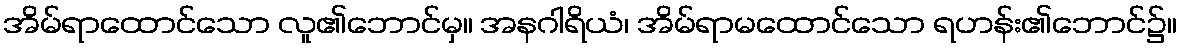
အိမ်ရာထောင်သော လူ၏ဘောင်မှ။ အနဂါရိယံ၊ အိမ်ရာမထောင်သော ရဟန်း၏ဘောင်၌။